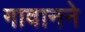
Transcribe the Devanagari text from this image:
गावानने